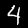
Label: 4